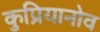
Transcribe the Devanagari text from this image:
कुप्रियानोव